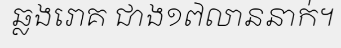
ឆ្លងរោគ ជាង១៧លាននាក់។